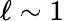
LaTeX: \ell\sim 1